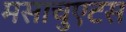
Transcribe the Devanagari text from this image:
मसाचुएटस